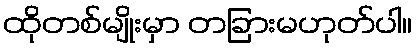
ထိုတစ်မျိုးမှာ တခြားမဟုတ်ပါ။